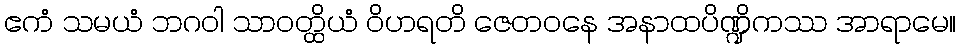
ဧကံ သမယံ ဘဂဝါ သာဝတ္ထိယံ ဝိဟရတိ ဇေတဝနေ အနာထပိဏ္ဍိကဿ အာရာမေ။